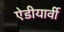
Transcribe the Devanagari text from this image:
ऐडीयार्वी